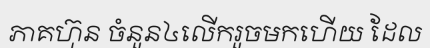
ភាគហ៊ុន ចំនួន៤លើករួចមកហើយ ដែល